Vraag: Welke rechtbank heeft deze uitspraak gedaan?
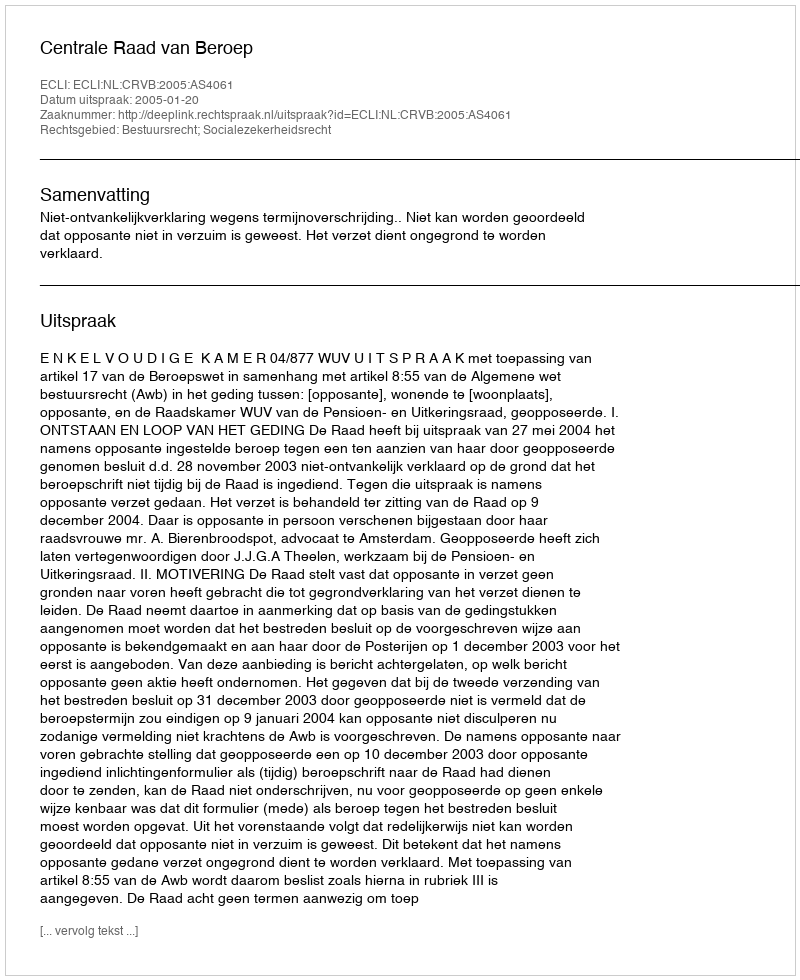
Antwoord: Centrale Raad van Beroep